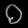
Digit: ၀